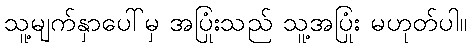
သူ့မျက်နှာပေါ်မှ အပြုံးသည် သူ့အပြုံး မဟုတ်ပါ။